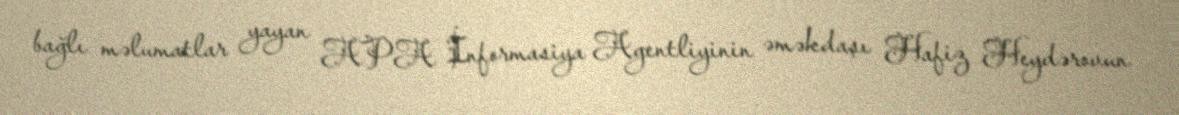
bağlı məlumatlar yayan APA İnformasiya Agentliyinin əməkdaşı Hafiz Heydərovun